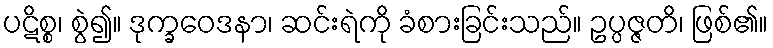
ပဋိစ္စ၊ စွဲ၍။ ဒုက္ခဝေဒနာ၊ ဆင်းရဲကို ခံစားခြင်းသည်။ ဥပ္ပဇ္ဇတိ၊ ဖြစ်၏။